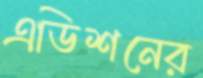
এডিশনের